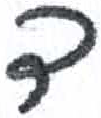
אות: ד